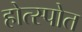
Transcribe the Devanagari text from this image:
होत्स्पोत